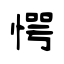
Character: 愕